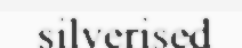
silverised